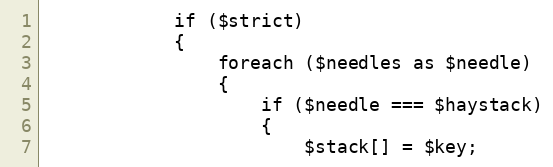
Language: PHP
			if ($strict)
			{
				foreach ($needles as $needle)
				{
					if ($needle === $haystack)
					{
						$stack[] = $key;